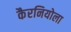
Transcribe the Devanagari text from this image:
कैरनियोला